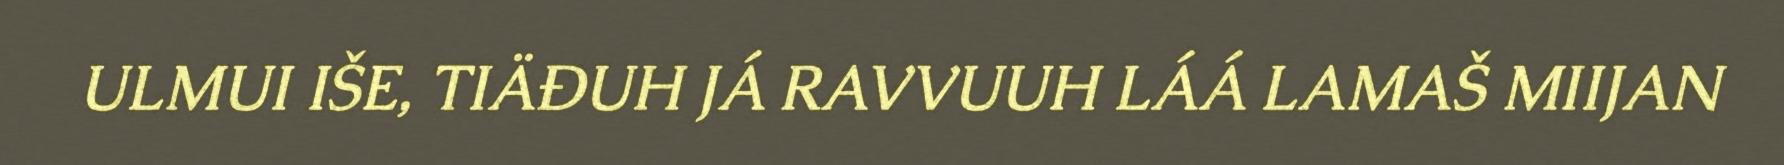
ULMUI IŠE, TIÄĐUH JÁ RAVVUUH LÁÁ LAMAŠ MIIJAN